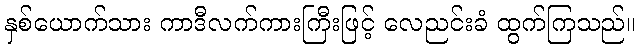
နှစ်ယောက်သား ကာဒီလက်ကားကြီးဖြင့် လေညင်းခံ ထွက်ကြသည်။